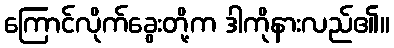
ကြောင်လိုက်ခွေးတို့က ဒါကိုနားလည်၏။